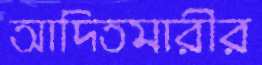
আদিতমারীর